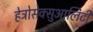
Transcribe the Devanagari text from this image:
हेट्रोसेक्सुआलिटी